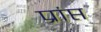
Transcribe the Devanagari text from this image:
प्रांप्त